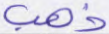
ذهب